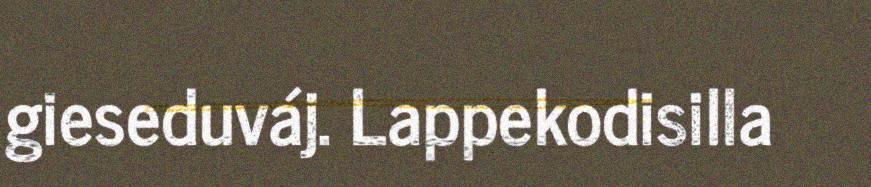
gieseduváj. Lappekodisilla